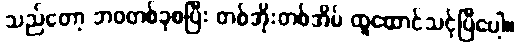
သည်တော့ ဘဝတစ်ခုစပြီး တစ်အိုးတစ်အိမ် ထူထောင်သင့်ပြီပေါ့။